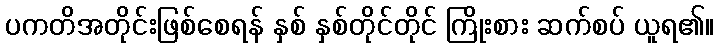
ပကတိအတိုင်းဖြစ်စေရန် နှစ် နှစ်တိုင်တိုင် ကြိုးစား ဆက်စပ် ယူရ၏။